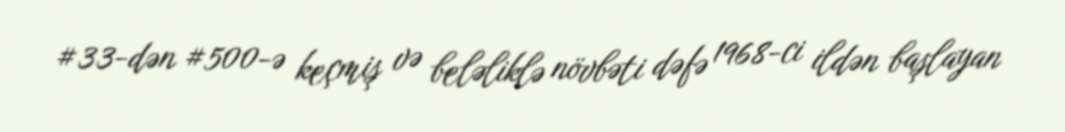
#33-dən #500-ə keçmiş və beləliklə növbəti dəfə 1968-ci ildən başlayan